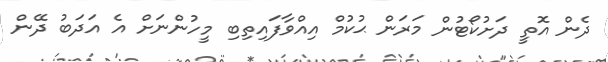
ދެން އޮތީ ދަށުކޯޓުން މަރަން ޙުކުމް އިއްވާފައިތިބި މީހުންނަށް އެ އަދަބު ދޭން